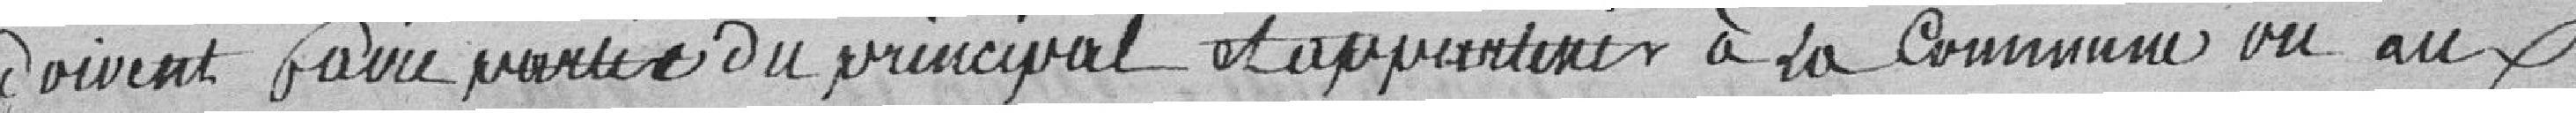
doivent faire partie du principal et appartenir à la Commune ou aux